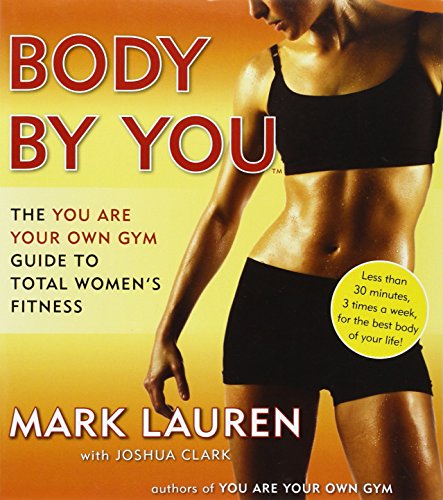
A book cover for Body by You: The You Are Your Own Gym Guide to Total Women's Fitness; Mark Lauren; Health, Fitness & Dieting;